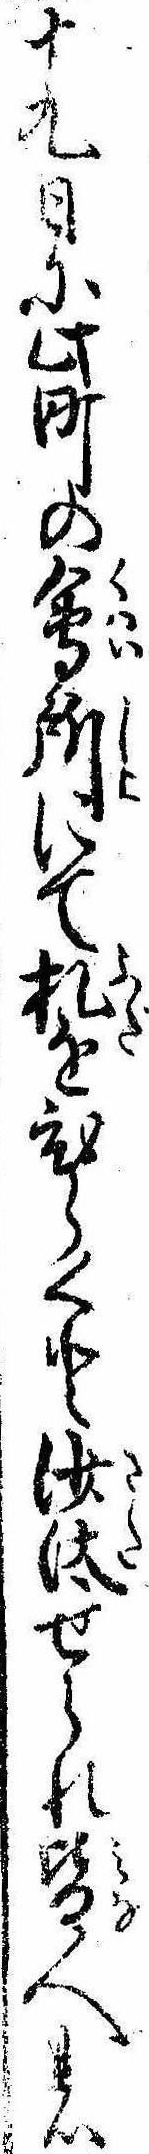
十九日に此町の会所にて札をひらくと沙汰せられ皆人の